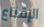
الإقناع